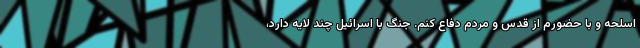
اسلحه و با حضورم از قدس و مردم دفاع کنم. جنگ با اسرائیل چند لایه دارد،